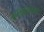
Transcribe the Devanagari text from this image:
वनखात्याकडे